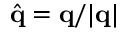
\hat { \mathbf { q } } = \mathbf { q } / | \mathbf { q } |